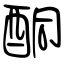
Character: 酮